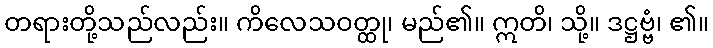
တရားတို့သည်လည်း။ ကိလေသဝတ္ထု၊ မည်၏။ ဣတိ၊ သို့။ ဒဋ္ဌဗ္ဗံ၊ ၏။